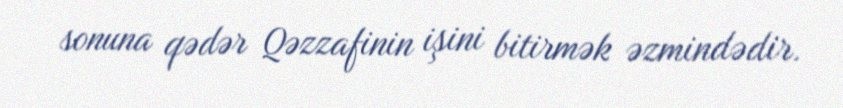
sonuna qədər Qəzzafinin işini bitirmək əzmindədir.